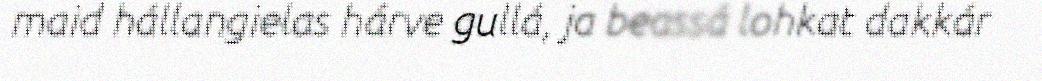
maid hállangielas hárve gullá, ja beassá lohkat dakkár